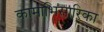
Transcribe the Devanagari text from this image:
कामाभिसारिका